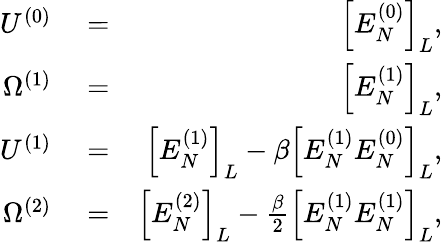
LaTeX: \begin{array}{rlr}{U^{(0)}}&{{}=}&{\Big[E_{N}^{(0)}\Big]_{L},}\\ {\Omega^{(1)}}&{{}=}&{\Big[E_{N}^{(1)}\Big]_{L},}\\ {U^{(1)}}&{{}=}&{\Big[E_{N}^{(1)}\Big]_{L}-\beta\Big[E_{N}^{(1)}E_{N}^{(0)}\Big]_{L},}\\ {\Omega^{(2)}}&{{}=}&{\Big[E_{N}^{(2)}\Big]_{L}-\frac{\beta}{2}\Big[E_{N}^{(1)}E_{N}^{(1)}\Big]_{L},}\end{array}